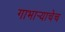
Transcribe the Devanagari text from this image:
गाभार्‍याचेच